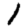
Digit: 1